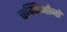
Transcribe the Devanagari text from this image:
चम्पिओनों